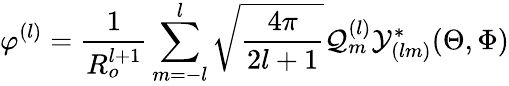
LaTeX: \varphi^{(l)}=\frac{1}{R_{o}^{l+1}}\sum_{m=-l}^{l}\sqrt{\frac{4\pi}{2l+1}}\mathcal{Q}_{m}^{(l)}\mathcal{Y}_{(lm)}^{*}(\Theta,\Phi)